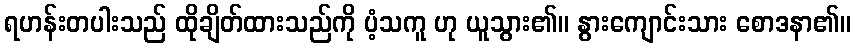
ရဟန်းတပါးသည် ထိုချိတ်ထားသည်ကို ပံ့သကူ ဟု ယူသွား၏။ နွားကျောင်းသား စောဒနာ၏။